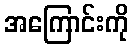
အကြောင်းကို